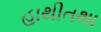
હાથીતથા